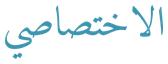
الاختصاصي